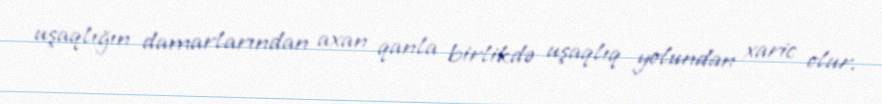
uşaqlığın damarlarından axan qanla birlikdə uşaqlıq yolundan xaric olur.